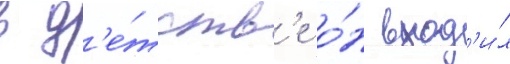
в д'е́тств'е о́н вход'и́л